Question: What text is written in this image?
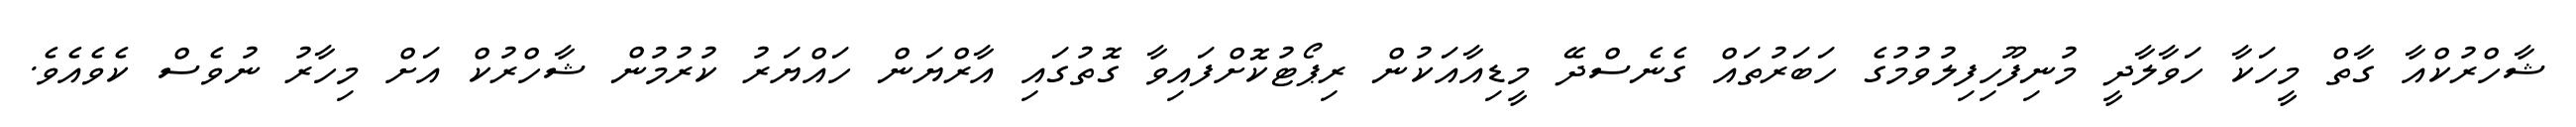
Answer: ޝާހްރުކްއާ ގާތް މީހަކާ ހަވާލާދީ މުނިފޫހިފިލުވުމުގެ ހަބަރުތައް ގެނެސްދޭ މީޑިއާއަކުން ރިޕޯޓުކޮށްފައިވާ ގޮތުގައި އާރްޔަން ހައްޔަރު ކުރުމުން ޝާހްރުކް އަށް މިހާރު ނުވެސް ކެވެއެވެ.